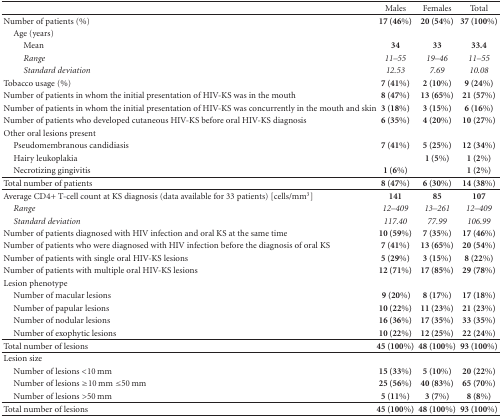
<table><thead><tr><td><b> </b></td><td><b>Males</b></td><td><b>Females</b></td><td><b>Total </b></td></tr></thead><tbody><tr><td>Number of patients (%)</td><td><b>17 (46%)</b></td><td><b>20 (54%)</b></td><td><b>37 (100%)</b></td></tr><tr><td> Age (years)</td><td> </td><td> </td><td> </td></tr><tr><td>Mean</td><td><b>34</b></td><td><b>33</b></td><td><b>33.4</b></td></tr><tr><td><i>Range </i></td><td><i>11–55</i></td><td><i>19–46</i></td><td><i>11–55</i></td></tr><tr><td><i>Standard deviation </i></td><td><i>12.53</i></td><td><i>7.69</i></td><td><i>10.08</i></td></tr><tr><td>Tobacco usage (%)</td><td><b>7 (41%)</b></td><td><b>2 (10%)</b></td><td><b>9 (24%)</b></td></tr><tr><td>Number of patients in whom the initial presentation of HIV-KS was in the mouth</td><td><b>8 (47%)</b></td><td><b>13 (65%)</b></td><td><b>21 (57%)</b></td></tr><tr><td>Number of patients in whom the initial presentation of HIV-KS was concurrently in the mouth and skin</td><td><b>3 (18%)</b></td><td><b>3 (15%)</b></td><td><b>6 (16%)</b></td></tr><tr><td>Number of patients who developed cutaneous HIV-KS before oral HIV-KS diagnosis</td><td><b>6 (35%)</b></td><td><b>4 (20%)</b></td><td><b>10 (27%)</b></td></tr><tr><td>Other oral lesions present</td><td> </td><td> </td><td> </td></tr><tr><td> Pseudomembranous candidiasis</td><td><b>7 (41%)</b></td><td><b>5 (25%)</b></td><td><b>12 (34%)</b></td></tr><tr><td> Hairy leukoplakia</td><td> </td><td><b>1 (5%)</b></td><td><b>1 (2%)</b></td></tr><tr><td> Necrotizing gingivitis</td><td><b>1 (6%)</b></td><td> </td><td><b>1 (2%)</b></td></tr><tr><td>Total number of patients</td><td><b>8 (47%)</b></td><td><b>6 (30%)</b></td><td><b>14 (38%)</b></td></tr><tr><td>Average CD4+ T-cell count at KS diagnosis (data available for 33 patients) [cells/mm<sup>3</sup>]</td><td><b>141</b></td><td><b>85</b></td><td><b>107</b></td></tr><tr><td><i> Range</i></td><td><i>12–409 </i></td><td><i>13–261</i></td><td><i>12–409</i></td></tr><tr><td><i> Standard deviation</i></td><td><i>117.40</i></td><td><i>77.99</i></td><td><i>106.99</i></td></tr><tr><td>Number of patients diagnosed with HIV infection and oral KS at the same time</td><td><b>10 (59%)</b></td><td><b>7 (35%)</b></td><td><b>17 (46%)</b></td></tr><tr><td>Number of patients who were diagnosed with HIV infection before the diagnosis of oral KS</td><td><b>7 (41%)</b></td><td><b>13 (65%)</b></td><td><b>20 (54%)</b></td></tr><tr><td>Number of patients with single oral HIV-KS lesions</td><td><b>5 (29%)</b></td><td><b>3 (15%)</b></td><td><b>8 (22%)</b></td></tr><tr><td>Number of patients with multiple oral HIV-KS lesions</td><td><b>12 (71%)</b></td><td><b>17 (85%)</b></td><td><b>29 (78%)</b></td></tr><tr><td>Lesion phenotype</td><td> </td><td> </td><td> </td></tr><tr><td> Number of macular lesions</td><td><b> 9 (20%)</b></td><td><b>8 (17%)</b></td><td><b>17 (18%)</b></td></tr><tr><td> Number of papular lesions</td><td><b>10 (22%)</b></td><td><b>11 (23%)</b></td><td><b>21 (23%)</b></td></tr><tr><td> Number of nodular lesions</td><td><b>16 (36%)</b></td><td><b>17 (35%)</b></td><td><b>33 (35%)</b></td></tr><tr><td> Number of exophytic lesions</td><td><b>10 (22%)</b></td><td><b>12 (25%)</b></td><td><b>22 (24%)</b></td></tr><tr><td>Total number of lesions</td><td><b>45 (100%)</b></td><td><b>48 (100%)</b></td><td><b>93 (100%)</b></td></tr><tr><td>Lesion size</td><td> </td><td> </td><td> </td></tr><tr><td> Number of lesions &lt;10 mm</td><td><b>15 (33%)</b></td><td><b>5 (10%)</b></td><td><b>20 (22%)</b></td></tr><tr><td> Number of lesions ≥10 mm ≤50 mm</td><td><b>25 (56%)</b></td><td><b>40 (83%)</b></td><td><b>65 (70%)</b></td></tr><tr><td> Number of lesions &gt;50 mm</td><td><b>5 (11%)</b></td><td><b>3 (7%)</b></td><td><b>8 (8%)</b></td></tr><tr><td>Total number of lesions</td><td><b>45 (100%)</b></td><td><b>48 (100%)</b></td><td><b>93 (100%)</b></td></tr></tbody></table>